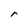
Character: r